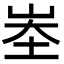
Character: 峚